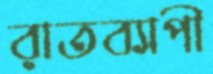
রাতব্যাপী